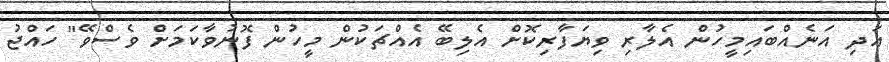
އަދި އަނެއްބައިމީހުން އެލާރި ވިޔަފާރިކޮށް އެލިބޭ އެއްޗަކުން މީހުން ފޮނުވާކަމަށް ވެސްވޭ" ހައްޖު